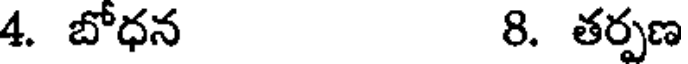
4. బోధన 8. తర్పణ